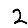
Digit: 2